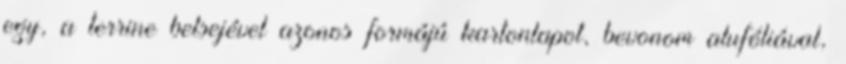
egy, a terrine belsejével azonos formájú kartonlapot, bevonom alufóliával,